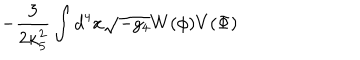
- \frac { 3 } { 2 \kappa _ { 5 } ^ { 2 } } \int d ^ { 4 } x \sqrt { - g _ { 4 } } W ( \phi ) V ( \Phi )